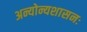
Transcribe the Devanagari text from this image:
अन्योन्यशासनः